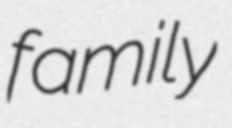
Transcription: family